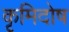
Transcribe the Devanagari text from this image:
कृमिदोष